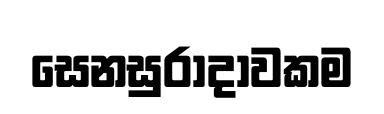
සෙනසුරාදාවකම